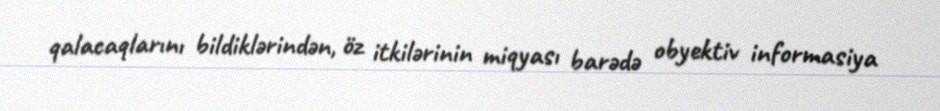
qalacaqlarını bildiklərindən, öz itkilərinin miqyası barədə obyektiv informasiya